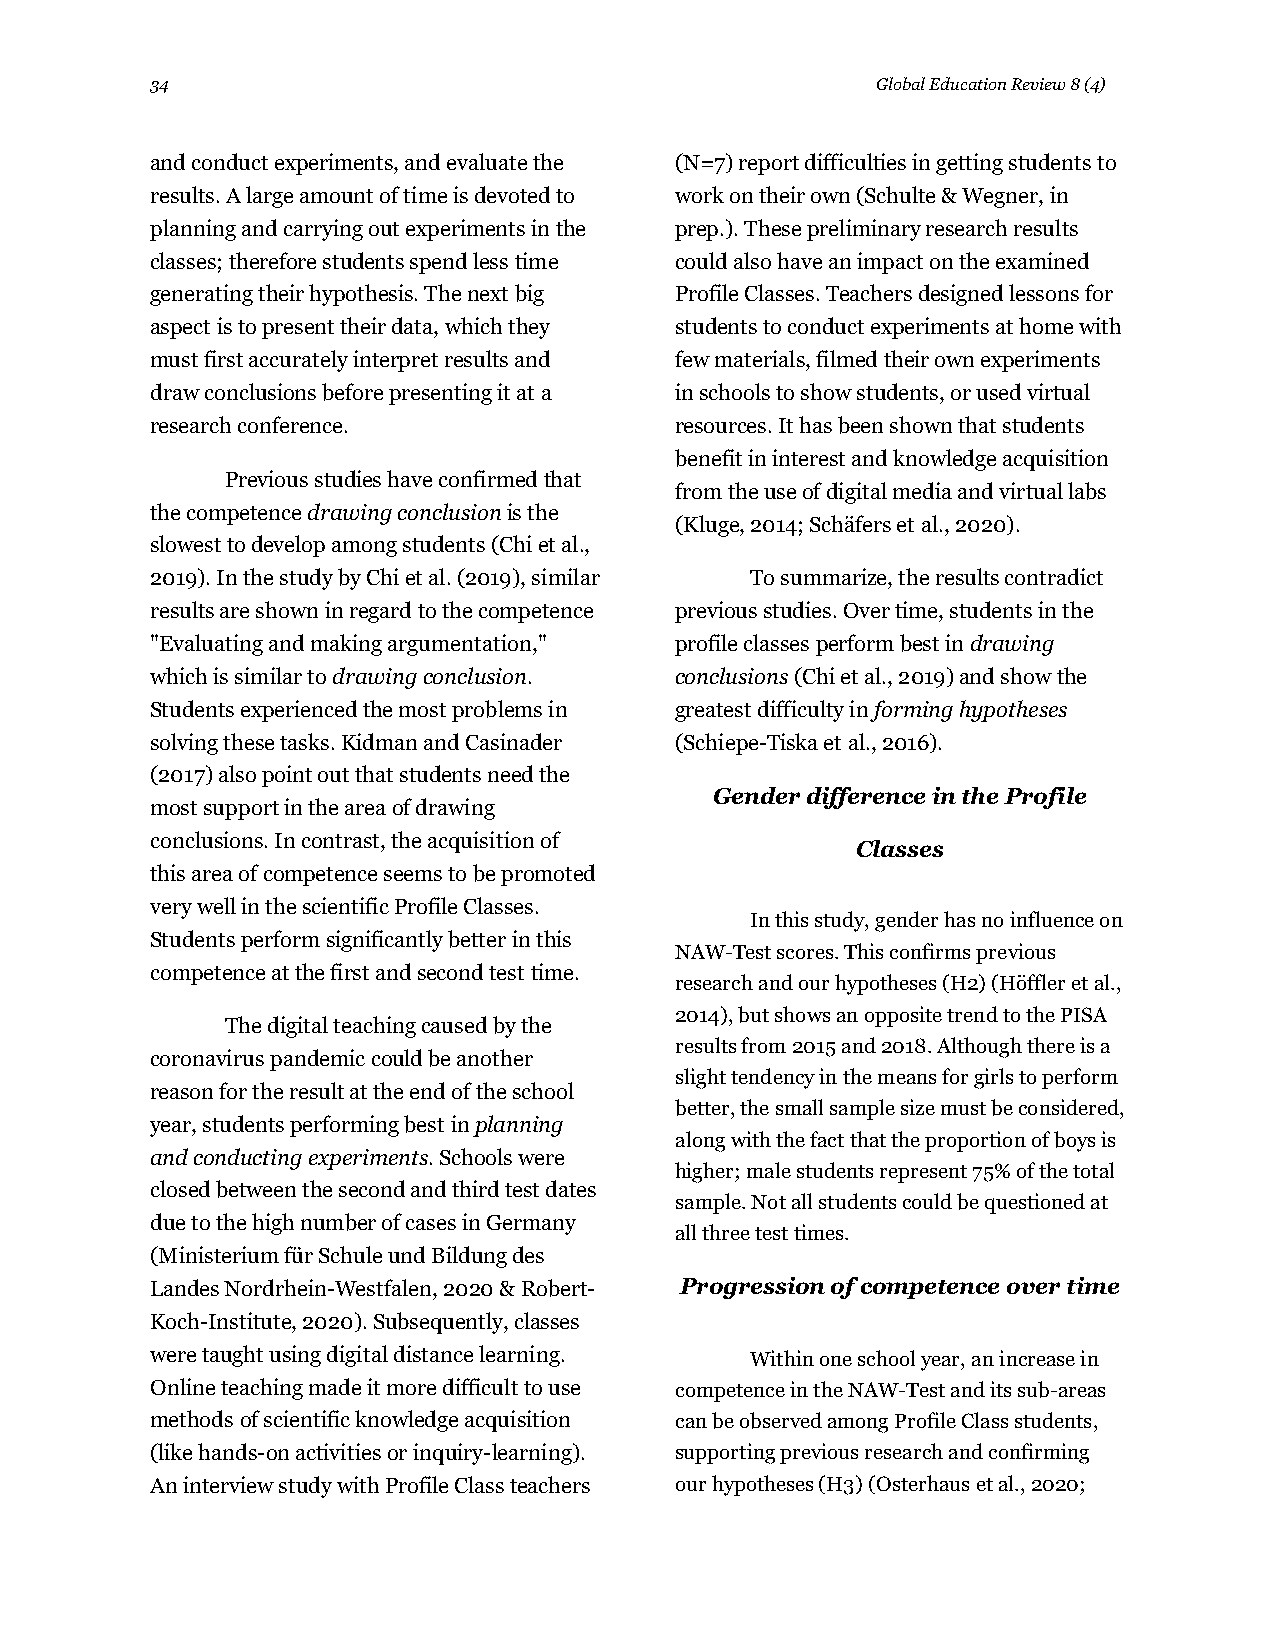
34                                              Global Education Review 8 (4)
 and conduct experiments, and evaluate the (N=7) report difficulties in getting students to
 results. A large amount of time is devoted to work on their own (Schulte & Wegner, in
 planning and carrying out experiments in the prep.). These preliminary research results
 classes; therefore students spend less time could also have an impact on the examined
 generating their hypothesis. The next big Profile Classes. Teachers designed lessons for
 aspect is to present their data, which they students to conduct experiments at home with
 must first accurately interpret results and few materials, filmed their own experiments
 draw conclusions before presenting it at a in schools to show students, or used virtual
 research conference.               resources. It has been shown that students
 benefit in interest and knowledge acquisition
 Previous studies have confirmed that
 from the use of digital media and virtual labs
 the competence drawing conclusion is the
 (Kluge, 2014; Schäfers et al., 2020).
 slowest to develop among students (Chi et al.,
 2019). In the study by Chi et al. (2019), similar To summarize, the results contradict
 results are shown in regard to the competence previous studies. Over time, students in the
 "Evaluating and making argumentation," profile classes perform best in drawing
 which is similar to drawing conclusion. conclusions (Chi et al., 2019) and show the
 Students experienced the most problems in greatest difficulty in forming hypotheses
 solving these tasks. Kidman and Casinader (Schiepe-Tiska et al., 2016).
 (2017) also point out that students need the
 Gender difference in the Profile
 most support in the area of drawing
 conclusions. In contrast, the acquisition of
 Classes
 this area of competence seems to be promoted
 very well in the scientific Profile Classes.
 In this study, gender has no influence on
 Students perform significantly better in this
 NAW-Test scores. This confirms previous
 competence at the first and second test time.
 research and our hypotheses (H2) (Höffler et al.,
 2014), but shows an opposite trend to the PISA
 The digital teaching caused by the
 results from 2015 and 2018. Although there is a
 coronavirus pandemic could be another
 slight tendency in the means for girls to perform
 reason for the result at the end of the school
 better, the small sample size must be considered,
 year, students performing best in planning
 along with the fact that the proportion of boys is
 and conducting experiments. Schools were
 higher; male students represent 75% of the total
 closed between the second and third test dates
 sample. Not all students could be questioned at
 due to the high number of cases in Germany
 all three test times.
 (Ministerium für Schule und Bildung des
 Landes Nordrhein-Westfalen, 2020 & Robert- Progression of competence over time
 Koch-Institute, 2020). Subsequently, classes
 were taught using digital distance learning. Within one school year, an increase in
 Online teaching made it more difficult to use competence in the NAW-Test and its sub-areas
 methods of scientific knowledge acquisition can be observed among Profile Class students,
 (like hands-on activities or inquiry-learning). supporting previous research and confirming
 An interview study with Profile Class teachers our hypotheses (H3) (Osterhaus et al., 2020;